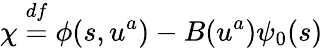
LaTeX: \chi\stackrel{df}{=}\phi(s,u^{a})-B(u^{a})\psi_{0}(s)